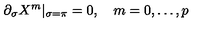
\partial _ { \sigma } X ^ { m } | _ { \sigma = \pi } = 0 , \quad m = 0 , \ldots , p